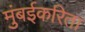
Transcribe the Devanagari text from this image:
मुंबईकरिता